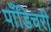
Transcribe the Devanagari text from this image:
पाँडिचरी